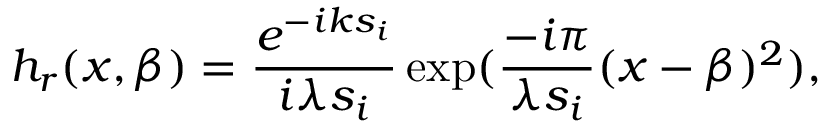
h _ { r } ( x , \beta ) = \frac { e ^ { - i k s _ { i } } } { i \lambda s _ { i } } \exp ( \frac { - i \pi } { \lambda s _ { i } } ( x - \beta ) ^ { 2 } ) ,